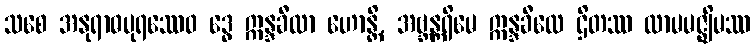
သစေ အနုရာဓပုရဿေဝ ဒွေ ဣန္ဒခီလာ ဟောန္တိ, အဗ္ဘန္တရိမေ ဣန္ဒခီလေ ဌိတဿ ထာမမဇ္ဈိမဿ